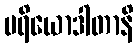
ပရိယောဒါတာနိ